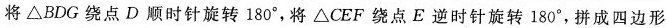
将△BDG绕点D顺时针旋转180°，将△CEF绕点E逆时针旋转180°，拼成四边形